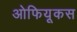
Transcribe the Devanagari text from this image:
ओफियूकस